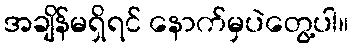
အချိန်မရှိရင် နောက်မှပဲတွေ့ပါ။